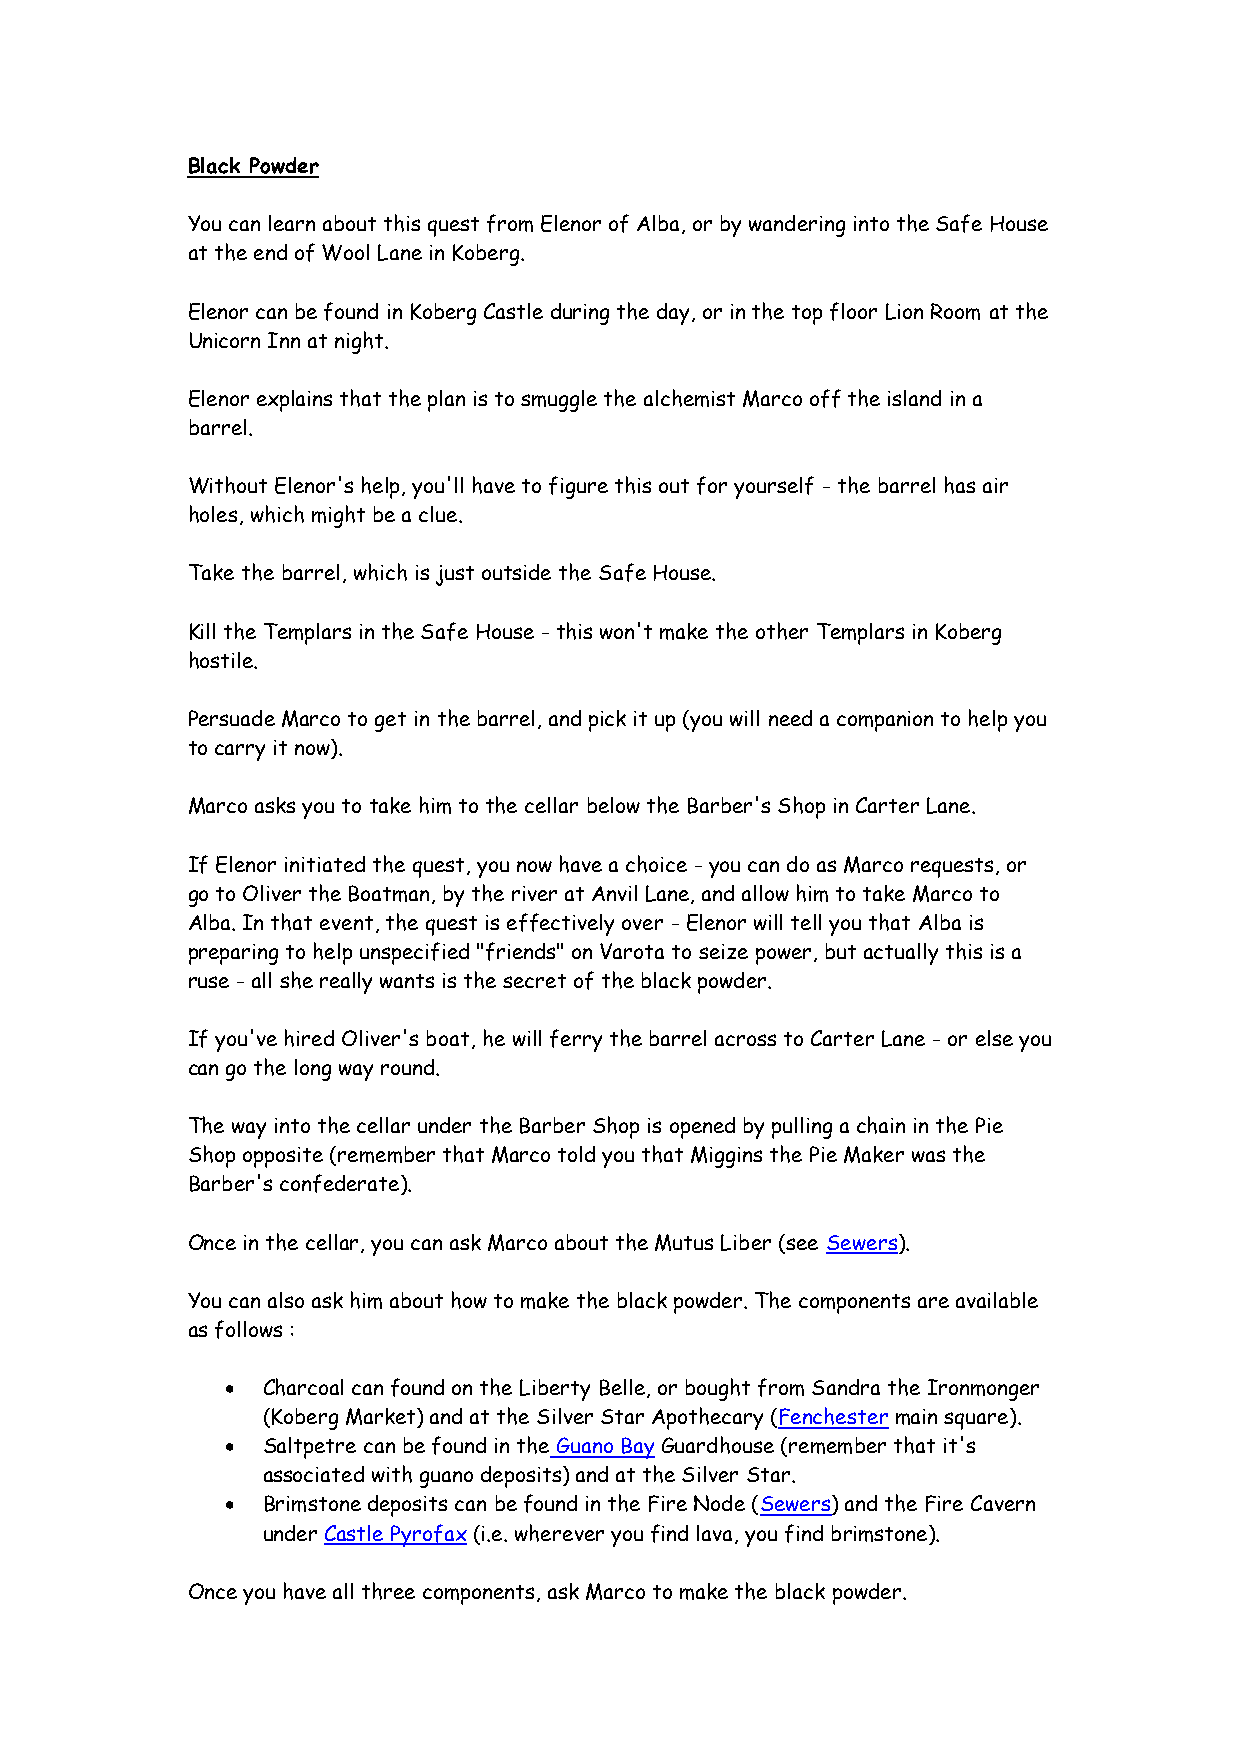
Black Powder
 You can learn about this quest from Elenor of Alba, or by wandering into the Safe House
 at the end of Wool Lane in Koberg.
 Elenor can be found in Koberg Castle during the day, or in the top floor Lion Room at the
 Unicorn Inn at night.
 Elenor explains that the plan is to smuggle the alchemist Marco off the island in a
 barrel.
 Without Elenor's help, you'll have to figure this out for yourself - the barrel has air
 holes, which might be a clue.
 Take the barrel, which is just outside the Safe House.
 Kill the Templars in the Safe House - this won't make the other Templars in Koberg
 hostile.
 Persuade Marco to get in the barrel, and pick it up (you will need a companion to help you
 to carry it now).
 Marco asks you to take him to the cellar below the Barber's Shop in Carter Lane.
 If Elenor initiated the quest, you now have a choice - you can do as Marco requests, or
 go to Oliver the Boatman, by the river at Anvil Lane, and allow him to take Marco to
 Alba. In that event, the quest is effectively over - Elenor will tell you that Alba is
 preparing to help unspecified "friends" on Varota to seize power, but actually this is a
 ruse - all she really wants is the secret of the black powder.
 If you've hired Oliver's boat, he will ferry the barrel across to Carter Lane - or else you
 can go the long way round.
 The way into the cellar under the Barber Shop is opened by pulling a chain in the Pie
 Shop opposite (remember that Marco told you that Miggins the Pie Maker was the
 Barber's confederate).
 Once in the cellar, you can ask Marco about the Mutus Liber (see Sewers).
 You can also ask him about how to make the black powder. The components are available
 as follows :
 • Charcoal can found on the Liberty Belle, or bought from Sandra the Ironmonger
 (Koberg Market) and at the Silver Star Apothecary (Fenchester main square).
 • Saltpetre can be found in the Guano Bay Guardhouse (remember that it's
 associated with guano deposits) and at the Silver Star.
 • Brimstone deposits can be found in the Fire Node (Sewers) and the Fire Cavern
 under Castle Pyrofax (i.e. wherever you find lava, you find brimstone).
 Once you have all three components, ask Marco to make the black powder.